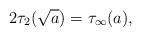
LaTeX: \begin{align*}2 \tau_{2}(\sqrt{a})=\tau_{\infty}( a),\end{align*}